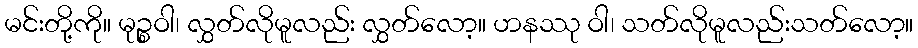
မင်းတို့ကို။ မုဉ္စဝါ၊ လွှတ်လိုမူလည်း လွှတ်လော့။ ဟနဿု ဝါ၊ သတ်လိုမူလည်းသတ်လော့။